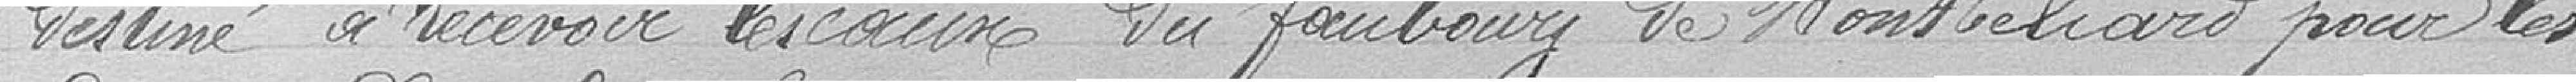
destiné à recevoir les eaux du faubourg de Montbéliard pour les